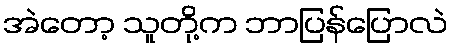
အဲတော့ သူတို့က ဘာပြန်ပြောလဲ